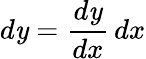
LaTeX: d\mathit{y}={\frac{{d\mathit{y}}}{{dx}}}\, dx